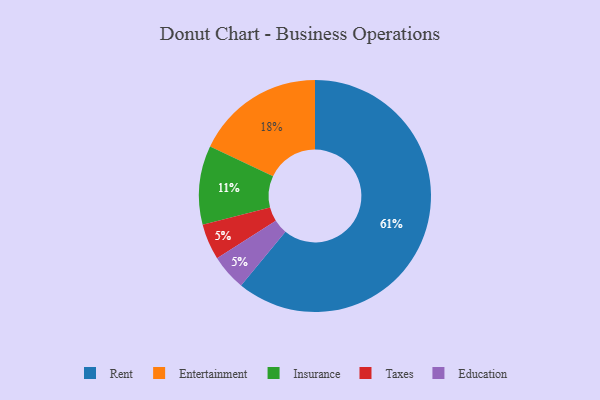
{"axis": {"x": "Category", "y": "Percentage"}, "legend": ["Education", "Entertainment", "Insurance", "Rent", "Taxes"], "data": [{"x": "Rent", "y": 61, "type": "Rent"}, {"x": "Taxes", "y": 5, "type": "Taxes"}, {"x": "Entertainment", "y": 18, "type": "Entertainment"}, {"x": "Education", "y": 5, "type": "Education"}, {"x": "Insurance", "y": 11, "type": "Insurance"}]}